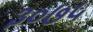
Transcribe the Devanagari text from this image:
३०७५